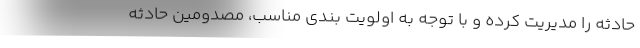
حادثه را مدیریت کرده و با توجه به اولویت بندی مناسب، مصدومین حادثه